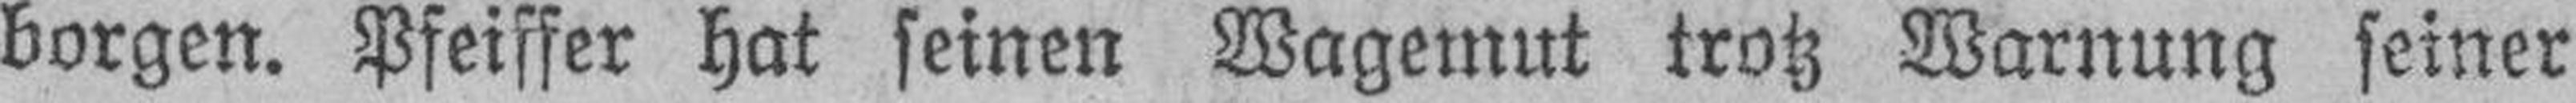
borgen. Pfeiffer hat seinen Wagemut trotz Warnung seiner